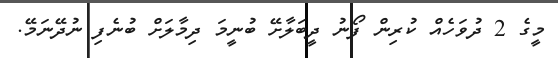
މީގެ 2 ދުވަހެއް ކުރިން ފޯނު ދީބަލާށޭ ބުނީމަ ދިމާލަށް ބުނެފި ނުދޭނަމޭ.